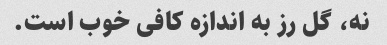
نه، گل رز به اندازه کافی خوب است.